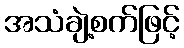
အသံချဲ့စက်ဖြင့်